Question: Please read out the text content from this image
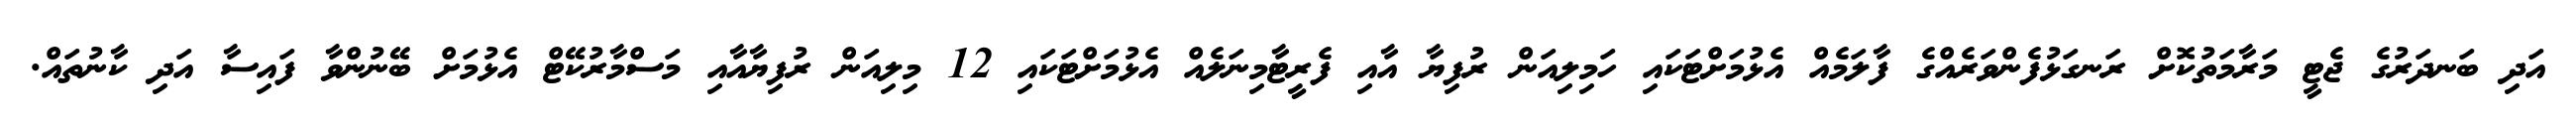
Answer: އަދި ބަނދަރުގެ ޖެޓީ މަރާމަތުކޮށް ރަނގަޅުފެންވަރެއްގެ ފާލަމެއް އެޅުމަށްޓަކައި ހަމިލިއަން ރުފިޔާ އާއި ފެރީޓާމިނަލެއް އެޅުމަށްޓަކައި 12 މިލިއަން ރުފިޔާއާއި މަސްމާރުކޭޓް އެޅުމަށް ބޭނުންވާ ފައިސާ އަދި ކާނުތައް.